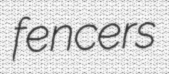
fencers